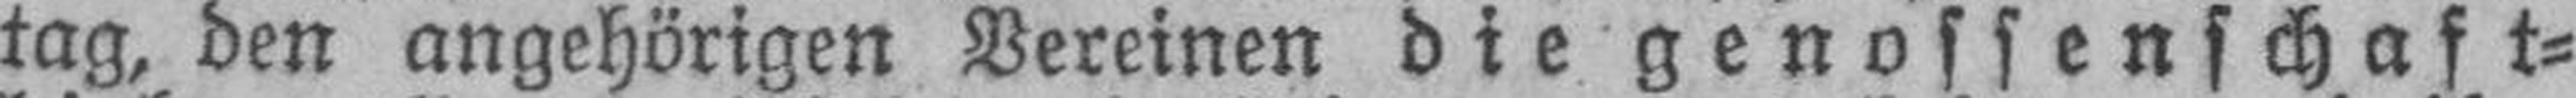
tag, den angehörigen Vereinen die genossenschaft¬